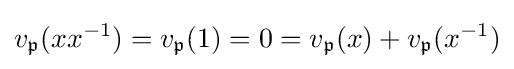
v_{\mathfrak {p}}(xx^{-1})=v_{\mathfrak {p}}(1)=0=v_{\mathfrak {p}}(x)+v_{\mathfrak {p}}(x^{-1})